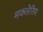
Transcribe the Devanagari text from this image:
मकलेरिण